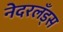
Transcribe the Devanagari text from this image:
नेदरलँड्‌स